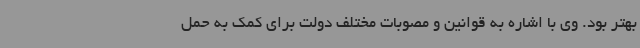
بهتر بود. وی با اشاره به قوانین و مصوبات مختلف دولت برای کمک به حمل